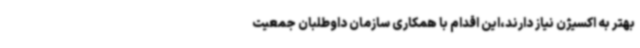
بهتر به اکسیژن نیاز دارند،این اقدام با همکاری سازمان داوطلبان جمعیت